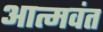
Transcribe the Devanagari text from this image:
आत्मवंत